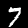
Digit: 7